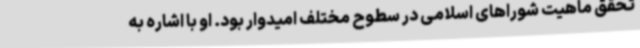
تحقق ماهیت شوراهای اسلامی در سطوح مختلف امیدوار بود. او با اشاره به